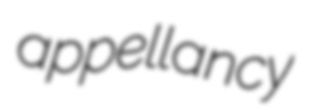
appellancy